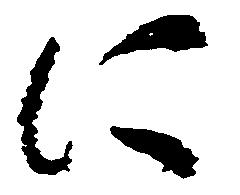
に